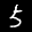
Label: 5